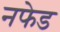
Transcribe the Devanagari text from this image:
नफेड